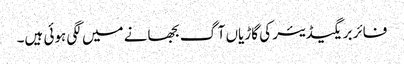
فائر بریگیڈیئر کی گاڑیاں آگ بجھانے میں لگی ہوئی ہیں۔